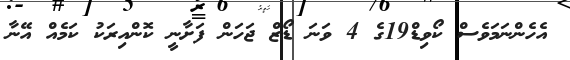
އެހެންނަމަވެސް ކޯވިޑް19ގެ 4 ވަނަ ޑޯޒް ޖަހަން ފަށާނީ ކޮންއިރަކު ކަމެއް އޭނާ